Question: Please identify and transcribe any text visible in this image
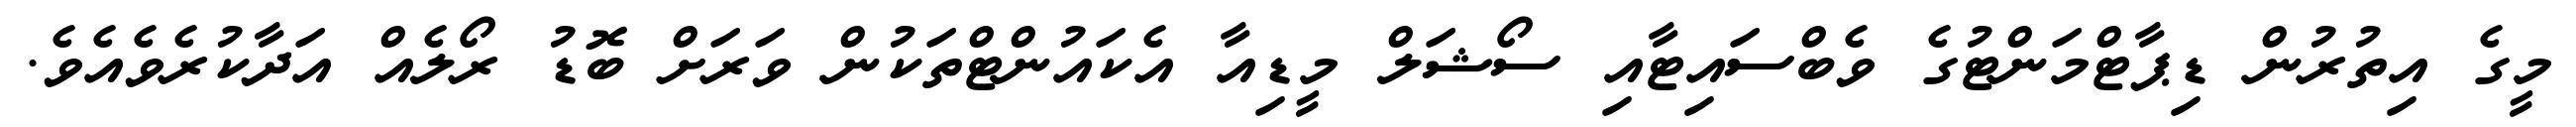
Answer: މީގެ އިތުރުން ޑިޕާޓްމަންޓުގެ ވެބްސައިޓާއި ސޯޝަލް މީޑިއާ އެކައުންޓްތަކުން ވަރަށް ބޮޑު ރޯލެއް އަދާކުރެވެއެވެ.